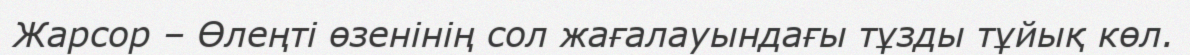
Жарсор – Өлеңті өзенінің сол жағалауындағы тұзды тұйық көл.